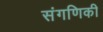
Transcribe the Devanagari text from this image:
संगणिकी